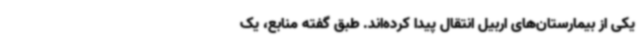
یکی از بیمارستان‌های اربیل انتقال پیدا کرده‌اند. طبق گفته منابع، یک